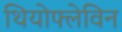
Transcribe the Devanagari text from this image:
थियोफ्लेविन